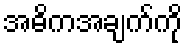
အဓိကအချက်ကို